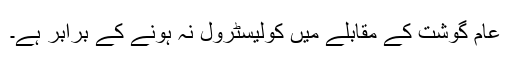
عام گوشت کے مقابلے میں کولیسٹرول نہ ہونے کے برابر ہے۔